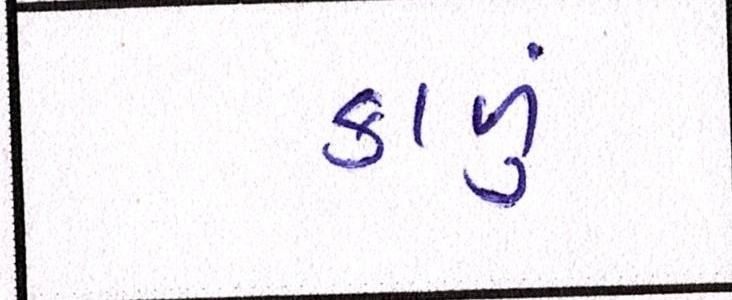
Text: કાળું